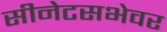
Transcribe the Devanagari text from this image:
सीनेटसभेवर